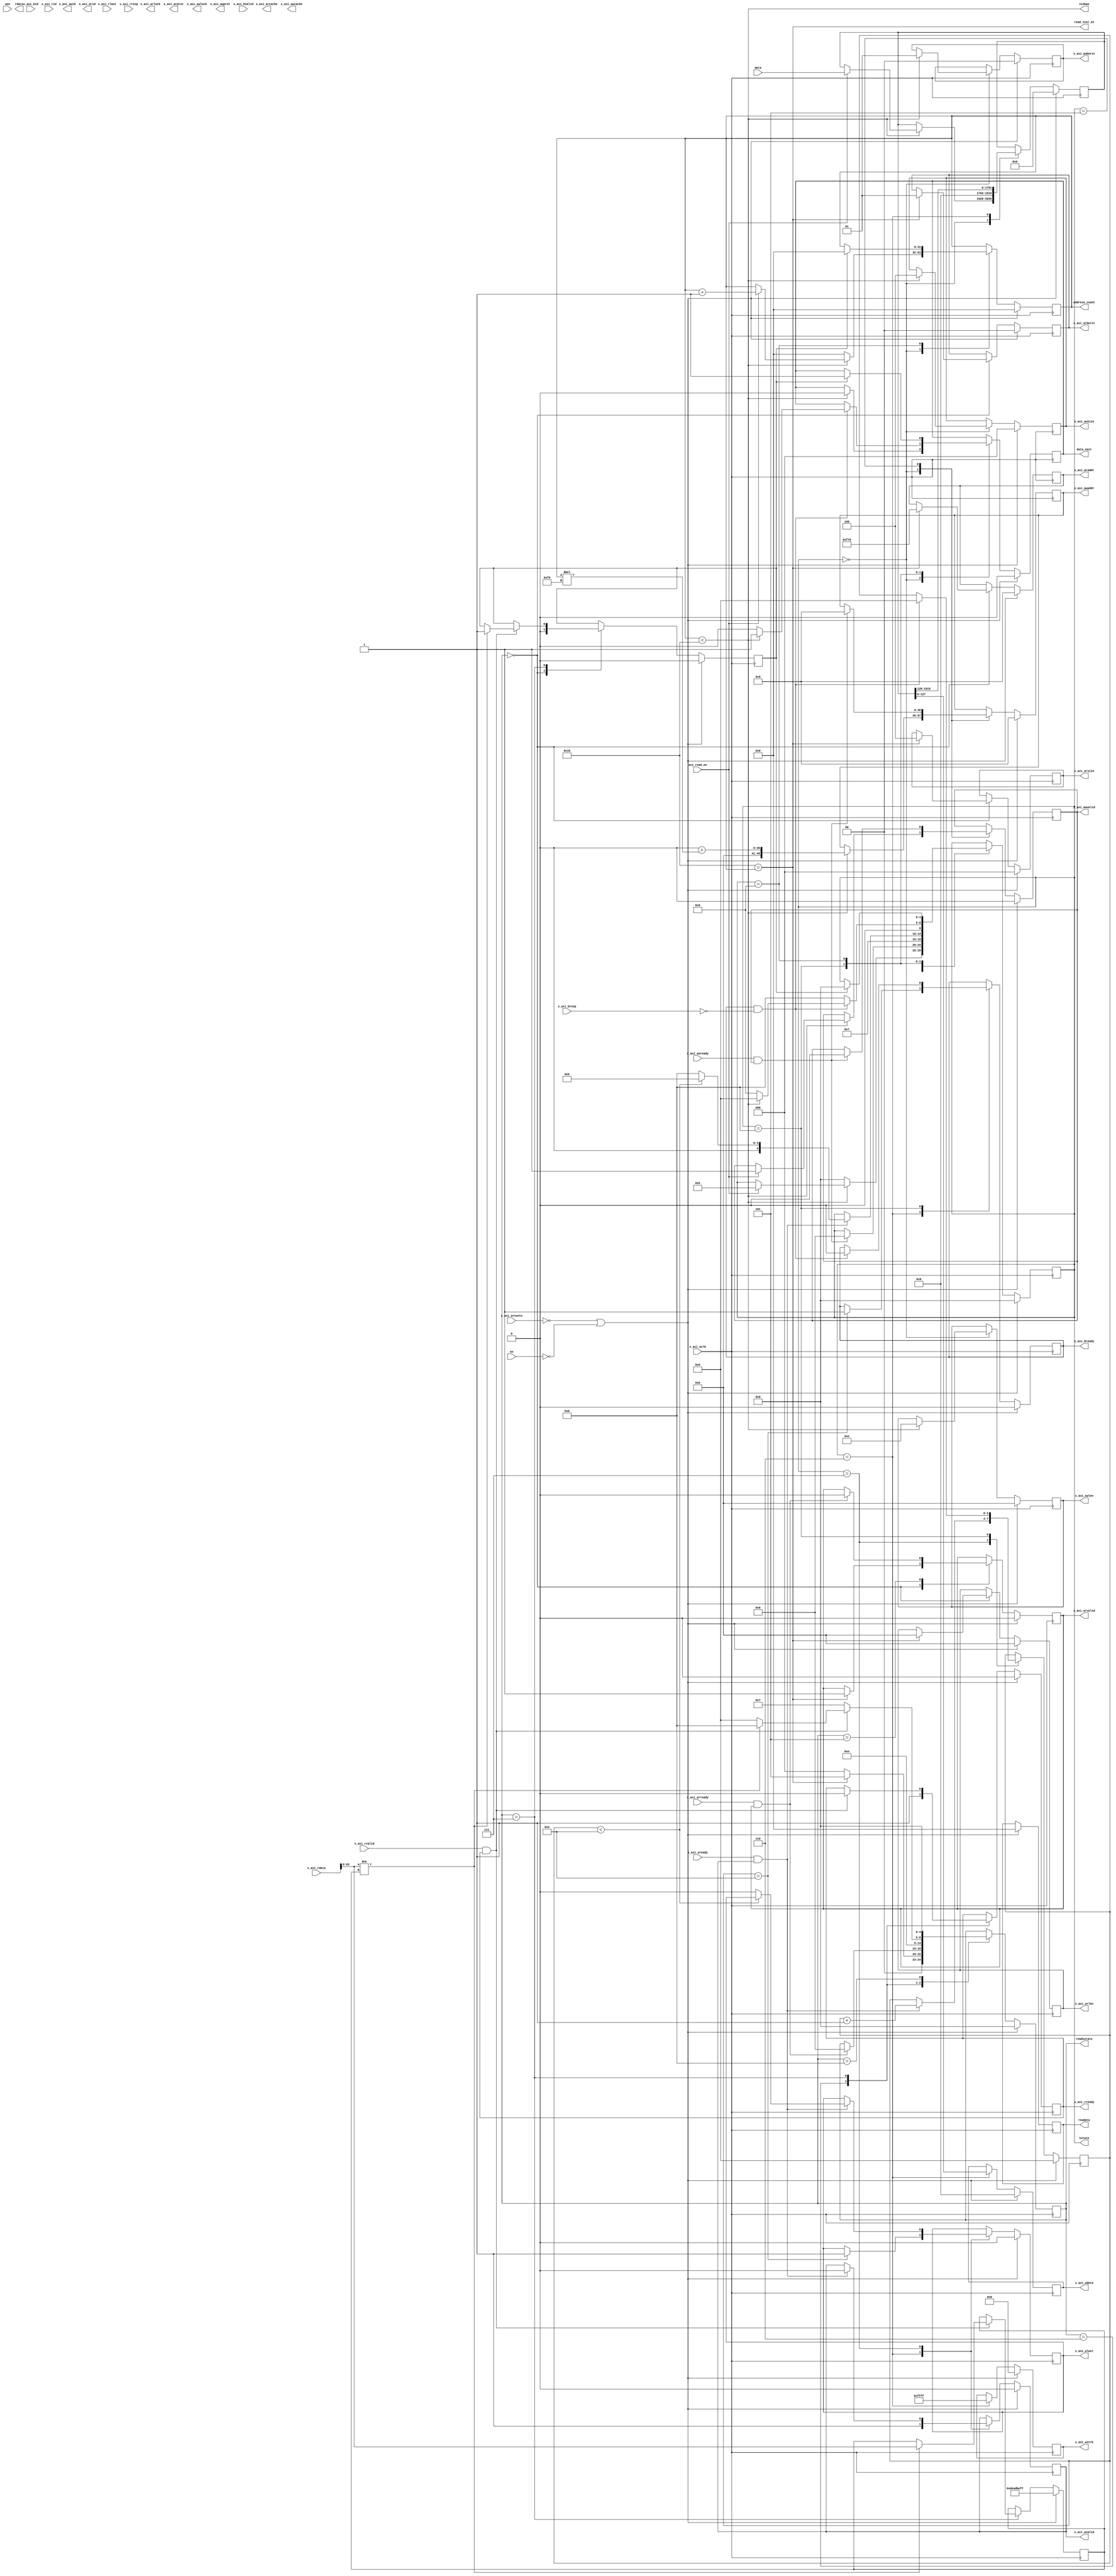
`timescale 1ns / 1ps
//////////////////////////////////////////////////////////////////////////////////
// Company: 
// Engineer: 
// 
// Design Name: 
// Module Name: axi_write
// Project Name: 
// Target Devices: 
// Tool Versions: 
// Description: 
// 
// Dependencies: 
// 
// Revision:
// Revision 0.01 - File Created
// Additional Comments:
// 
//////////////////////////////////////////////////////////////////////////////////


`timescale 1ns / 1ps
//////////////////////////////////////////////////////////////////////////////////
// Company: 
// Engineer: 
// 
// Design Name: 
// Module Name: axi_read
// Project Name: 
// Target Devices: 
// Tool Versions: 
// Description: 
// 
// Dependencies: 
// 
// Revision:
// Revision 0.01 - File Created
// Additional Comments:
// 
//////////////////////////////////////////////////////////////////////////////////



module axi_write(
//Read address channel signals
 (* X_INTERFACE_INFO = "xilinx.com:interface:aximm:1.0 S_AXI ARADDR" *)(* X_INTERFACE_PARAMETER = "XIL_INTERFACENAME S_AXI, ID_WIDTH 6" *)    output   [48:0]    s_axi_araddr,                      //axi
 (* X_INTERFACE_INFO = "xilinx.com:interface:aximm:1.0 S_AXI ARBURST" *)  output   [1:0]     s_axi_arburst,    //               //axi
 (* X_INTERFACE_INFO = "xilinx.com:interface:aximm:1.0 S_AXI ARCACHE" *)  output   [3:0]     s_axi_arcache,    //               //axi
 (* X_INTERFACE_INFO = "xilinx.com:interface:aximm:1.0 S_AXI ARLEN" *)    output   [7:0]     s_axi_arlen,      //               //axi
 (* X_INTERFACE_INFO = "xilinx.com:interface:aximm:1.0 S_AXI ARLOCK" *)   output   [0:0]     s_axi_arlock,     //               //axi
 (* X_INTERFACE_INFO = "xilinx.com:interface:aximm:1.0 S_AXI ARPROT" *)   output   [2:0]     s_axi_arprot,     //               //axi
 (* X_INTERFACE_INFO = "xilinx.com:interface:aximm:1.0 S_AXI ARREADY" *)  input    [0:0]      s_axi_arready,                     //axi
 (* X_INTERFACE_INFO = "xilinx.com:interface:aximm:1.0 S_AXI ARSIZE" *)   output   [2:0]     s_axi_arsize,     //               //axi
 (* X_INTERFACE_INFO = "xilinx.com:interface:aximm:1.0 S_AXI ARVALID" *)  output   [0:0]     s_axi_arvalid,                     //axi

   //Write address channel signals
 (* X_INTERFACE_INFO = "xilinx.com:interface:aximm:1.0 S_AXI AWADDR" *)   output   [48:0]    s_axi_awaddr,                      //axi
 (* X_INTERFACE_INFO = "xilinx.com:interface:aximm:1.0 S_AXI AWBURST" *)  output   [1:0]     s_axi_awburst,    //               //axi
 (* X_INTERFACE_INFO = "xilinx.com:interface:aximm:1.0 S_AXI AWCACHE" *)  output   [3:0]     s_axi_awcache,    //               //axi
 (* X_INTERFACE_INFO = "xilinx.com:interface:aximm:1.0 S_AXI AWLEN" *)    output   [7:0]     s_axi_awlen,      //               //axi
 (* X_INTERFACE_INFO = "xilinx.com:interface:aximm:1.0 S_AXI AWLOCK" *)   output   [0:0]     s_axi_awlock,     //               //axi
 (* X_INTERFACE_INFO = "xilinx.com:interface:aximm:1.0 S_AXI AWPROT" *)   output   [2:0]     s_axi_awprot,     //               //axi
 (* X_INTERFACE_INFO = "xilinx.com:interface:aximm:1.0 S_AXI AWREADY" *)  input    [0:0]     s_axi_awready,                     //axi
 (* X_INTERFACE_INFO = "xilinx.com:interface:aximm:1.0 S_AXI AWSIZE" *)   output   [2:0]     s_axi_awsize,     //               //axi
 (* X_INTERFACE_INFO = "xilinx.com:interface:aximm:1.0 S_AXI AWVALID" *)  output   [0:0]     s_axi_awvalid, 
                     //axi

                     //Write response channel signals
 (* X_INTERFACE_INFO = "xilinx.com:interface:aximm:1.0 S_AXI BREADY" *)   output   [0:0]     s_axi_bready,                      //axi
 (* X_INTERFACE_INFO = "xilinx.com:interface:aximm:1.0 S_AXI BRESP" *)    input  [1:0]     s_axi_bresp,      //               //axi
 (* X_INTERFACE_INFO = "xilinx.com:interface:aximm:1.0 S_AXI BVALID" *)   input  [0:0]     s_axi_bvalid,  
                     //axi
                    // Read data channel signals
 (* X_INTERFACE_INFO = "xilinx.com:interface:aximm:1.0 S_AXI RDATA" *)    input  [127:0]   s_axi_rdata,                       //axi
 (* X_INTERFACE_INFO = "xilinx.com:interface:aximm:1.0 S_AXI RLAST" *)    input  [0:0]     s_axi_rlast,                       //axi
 (* X_INTERFACE_INFO = "xilinx.com:interface:aximm:1.0 S_AXI RREADY" *)   output   [0:0]     s_axi_rready,                      //axi
 (* X_INTERFACE_INFO = "xilinx.com:interface:aximm:1.0 S_AXI RRESP" *)    input  [1:0]     s_axi_rresp,      //               //axi
 (* X_INTERFACE_INFO = "xilinx.com:interface:aximm:1.0 S_AXI RVALID" *)   input  [0:0]     s_axi_rvalid,  
                     //axi
                     //Write data channel signals
 (* X_INTERFACE_INFO = "xilinx.reg_s_axi_rdatacom:interface:aximm:1.0 S_AXI WDATA" *)    output   [127:0]   s_axi_wdata,                       //axi
 (* X_INTERFACE_INFO = "xilinx.com:interface:aximm:1.0 S_AXI WLAST" *)    output   [0:0]     s_axi_wlast,                       //axi
 (* X_INTERFACE_INFO = "xilinx.com:interface:aximm:1.0 S_AXI WREADY" *)   input  [0:0]     s_axi_wready,                      //axi
 (* X_INTERFACE_INFO = "xilinx.com:interface:aximm:1.0 S_AXI WSTRB" *)    output   [15:0]    s_axi_wstrb,      //               //axi
 (* X_INTERFACE_INFO = "xilinx.com:interface:aximm:1.0 S_AXI WVALID" *)   output   [0:0]     s_axi_wvalid,  
                     //axi
 (* X_INTERFACE_INFO = "xilinx.com:interface:aximm:1.0 S_AXI BID" *)      input  [5:0]    s_axi_bid,
  (* X_INTERFACE_INFO = "xilinx.com:interface:aximm:1.0 S_AXI RID" *)      input  [5:0]    s_axi_rid,
 (* X_INTERFACE_INFO = "xilinx.com:interface:aximm:1.0 S_AXI AWID" *)     output   [5:0]    s_axi_awid,
 (* X_INTERFACE_INFO = "xilinx.com:interface:aximm:1.0 S_AXI ARID" *)     output   [5:0]    s_axi_arid,
  input   [0:0]     s_axi_aclk,                        //axi
  input   [0:0]     s_axi_aresetn,                     //axi

  input  [1919:0]      data,
  input  [0:0]    axi_read_en,

  input   [0:0]         wen,
  input   [0:0]          en,
  //  input [63:0]               break_counter,
//    output reg [63:0]          all_cycle,
//   output reg [63:0]          cpu_cycle,
   output reg [0:0]  data_next,
  output reg    [31:0] address_count,
  output reg  [127:0]    rdata,
  output   [4:0]   sstate,
  output   [4:0]   readsstate,
  output  [0:0] read_test_en,
  output  [0:0] xinhao,
  output  reg [31:0] readata
 // output  reg[0:0]     turn2run

    );
    
    reg    [63:0]     lastdata;
    reg    [48:0]     reg_s_axi_awaddr;
    reg    [1:0]      reg_s_axi_awburst;
    reg    [7:0]      reg_s_axi_awlen;
    reg    [2:0]      reg_s_axi_awsize;
    reg    [0:0]      reg_s_axi_awvalid;

    reg    [0:0]     reg_s_axi_bready;

    reg     [127:0]     reg_s_axi_wdata;
    reg     [0:0]     reg_s_axi_wlast;
    reg     [15:0]    reg_s_axi_wstrb;
    reg     [0:0]     reg_s_axi_wvalid;


    reg    [48:0]     reg_s_axi_araddr;
    reg    [1:0]      reg_s_axi_arburst;
    reg    [7:0]      reg_s_axi_arlen;
    reg    [2:0]      reg_s_axi_arsize;
    reg    [0:0]      reg_s_axi_arvalid;

    reg    [0:0]      reg_s_axi_rready;
    //reg    [3:0]  readcouter;
    reg     [4:0]       readstate = 0;
        reg    [0:0]  read_count;
    //reg     [127:0]     reg_s_axi_rdata;
   // reg     [0:0]     reg_s_axi_rlast;
    //reg     [15:0]    reg_s_axi_wstrb;
    //reg     [0:0]     reg_s_axi_rvalid;


    parameter integer MAX_INSTRCOUNT=16;

    reg     [4:0]       state = 0;
    reg     [1919:0]      data_mix;

    reg    [3:0]  couter;

    wire    [36:0] Wadress;
    reg    [0:0] isQue;
    reg isFirst;

    reg compare;
    
    assign Wadress=36'h0000000;
    assign xinhao=address_count< MAX_INSTRCOUNT;
    assign  read_test_en= MAX_INSTRCOUNT==address_count;

  
    wire write_next= read_count==1;
    wire [31:0] data_second;
    assign data_second=rdata;

    assign sstate=state;
    assign readsstate=readstate;
     assign s_axi_awaddr=reg_s_axi_awaddr;
    assign s_axi_awburst=reg_s_axi_awburst;
    assign s_axi_awlen=reg_s_axi_awlen;
    assign  s_axi_awsize=reg_s_axi_awsize;
     assign s_axi_awvalid=reg_s_axi_awvalid;

     assign s_axi_bready=reg_s_axi_bready;

    assign  s_axi_wdata=reg_s_axi_wdata;
   assign s_axi_wlast=reg_s_axi_wlast;
     assign s_axi_wstrb=reg_s_axi_wstrb;
     assign s_axi_wvalid=reg_s_axi_wvalid;

    // assign sstate=readstate;


     assign s_axi_araddr=reg_s_axi_araddr;
    assign s_axi_arburst=reg_s_axi_arburst;
    assign s_axi_arlen=reg_s_axi_arlen;
    assign  s_axi_arsize=reg_s_axi_arsize;
     assign s_axi_arvalid=reg_s_axi_arvalid;

    assign s_axi_rready=reg_s_axi_rready;
    // assign s_axi_bready=reg_s_axi_bready;

    //assign  s_axi_rdata=reg_s_axi_rdata;
   //assign s_axi_rlast=reg_s_axi_rlast;
     //assign s_axi_rstrb=reg_s_axi_wstrb;
    // assign s_axi_rvalid=reg_s_axi_rvalid;



    //read
    always @(posedge s_axi_aclk)begin
        if(!s_axi_aresetn || !en) begin
            reg_s_axi_awburst <= 0;
            reg_s_axi_awlen <= 0;
            reg_s_axi_awsize <= 0;
            reg_s_axi_awvalid<=0; 
            reg_s_axi_bready<=0;
            reg_s_axi_awaddr<=0;
            reg_s_axi_wdata<=0;
            reg_s_axi_wlast<=0;
            reg_s_axi_wstrb<=0;
            reg_s_axi_wvalid<=0;
            address_count<=0;
            //isQue<=0;
               isFirst<=1;
            data_mix<=0;
            data_next<=0;
            couter<=0;
            compare<=1;
           // turn2run <= 0;
            state <= 0;
        end
        else begin
            case(state)
            0:begin

                 if(address_count< (MAX_INSTRCOUNT)) begin
                        reg_s_axi_awburst <= 2'b01;
                        reg_s_axi_awaddr <= (Wadress+address_count*240);       
                        reg_s_axi_awlen<=4'b1110;
                         reg_s_axi_awsize<=3'b100; 
                         data_next<=0;
                         if(axi_read_en) begin
                         address_count<=address_count+1;
                         reg_s_axi_awvalid<=1;   
                          data_mix<=data;             
                         state <= 5;
                      end 
                 end 
//                 else if(address_count==20) begin
//                       reg_s_axi_awaddr <= (36'h0000f70);  
//                       reg_s_axi_awlen<=4'b0000;
//                       reg_s_axi_awsize<=2'b10;
//                       data_next<=0;
//                       reg_s_axi_awvalid<=1;  
//                       state<=1;
//                    end
                    else begin
                        address_count<=0;
                        state<=0;
                    end
               end
//            1:begin
//                if(s_axi_awready && reg_s_axi_awvalid ) begin
//                 reg_s_axi_awvalid <= 0; 
//                 reg_s_axi_awaddr<=0;
//                    state <= 2;
//                end else begin
//                    state<=1;
//                end
//            end
//            2: begin
//                 reg_s_axi_wvalid<=1;
//                 reg_s_axi_wstrb<=16'hFFFF;  
//                 reg_s_axi_wdata<=128'h0;
//                  reg_s_axi_bready<=1;
//                    reg_s_axi_wlast<=1;
//                    state<=3;
//               end
//             3: begin
//                 if(s_axi_wready && reg_s_axi_wvalid)begin
//                 reg_s_axi_wvalid<=0;
//                   reg_s_axi_wlast<=0;                   
//                      state<=4;
//                 end else begin
//                 state<=3;
//                 end
//             end  
//             4:begin
//             if(reg_s_axi_bready && s_axi_bresp==2'b00)begin
//                        reg_s_axi_bready<=0;
//                         address_count<=0;
//                          if(isFirst) begin
//                             isFirst<=0;
//                         end else begin
//                             data_next<=1;
//                             end
//                             state<=0;
//                   end  else  begin
//                   state<=4;
//                  end 
//             end    
            5:begin

             if(s_axi_awready && reg_s_axi_awvalid ) begin
                 reg_s_axi_awvalid <= 0; 
                 reg_s_axi_awaddr<=0;
                    state <= 6;
                end
            end
            6:begin
                reg_s_axi_wvalid<=1;
                 reg_s_axi_wstrb<=16'hFFFF;
                reg_s_axi_wdata<=data_mix[127:0];
                data_mix<=data_mix >> 128;               
                if(couter== 4'b1110) begin
                  reg_s_axi_bready<=1;
                    reg_s_axi_wlast<=1;
                end       
                state<=7;
            end
            7:begin 
                if(s_axi_wready && reg_s_axi_wvalid)begin
                    couter<=couter+1'b1; 
                    reg_s_axi_wvalid<=0;
                    if(couter<4'b1110) begin
                      state <= 6;      
                    end else begin 
                      reg_s_axi_wlast<=0;                      
                      state<=8;

                  end
                end 
               end
            8:begin
                if(reg_s_axi_bready && s_axi_bresp==2'b00)begin
                        reg_s_axi_bready<=0;
                        couter<=0;
                         if(address_count< (MAX_INSTRCOUNT)) begin  
                           data_next<=1; 
                            state<=0;
                            end else begin
                             data_next<=0;
                             state<=9;
                              end
                    end else begin 
                    state<=8;
                    end  
                end 
             9: begin
              if( read_count )begin
                    address_count<=0;
                     data_next<=1; 
                    state<=0;
                 end   
                 end     
            endcase
        end
    end






     always @(posedge s_axi_aclk)begin
       if(!s_axi_aresetn || !en) begin
            reg_s_axi_arburst <= 0;
            reg_s_axi_arlen <= 0;
            reg_s_axi_arsize <= 0;
            reg_s_axi_arvalid<=0; 
            //reg_s_axi_bready<=0;
            reg_s_axi_araddr<=0;
                lastdata<=64'hdeadbeff;
//            reg_s_axi_wdata<=0;
//            reg_s_axi_wlast<=0;
//            reg_s_axi_wstrb<=0;
//            reg_s_axi_wvalid<=0;
            reg_s_axi_rready<=0;   
            read_count<=0;        

           // turn2run <= 0;
            readstate <= 0;
            readata<=0;
        end
        else begin
            case(readstate)
            0:begin       
                 //data_next<=0;
                if( read_test_en) begin
                read_count<=0;
                reg_s_axi_arburst <= 2'b01;
                reg_s_axi_araddr <= (36'h0000f70);       
                reg_s_axi_arlen<=4'b0000;
                 reg_s_axi_arsize<=3'b100; 
                 reg_s_axi_arvalid<=1;   
               //  data_mix<=data;   
               
                 //read_count<=1;          
                 readstate <= 5; 
                 end else begin
                 read_count<=0;

                  readstate<=0;
                 end         
               end       
            5:begin
             if(s_axi_arready && reg_s_axi_arvalid ) begin
                    reg_s_axi_arvalid<=0;
                    readstate <= 6;
                end
            end
            6:begin                     
                reg_s_axi_rready<=1;
                readstate<=7;
            end
            7:begin 
                if(s_axi_rvalid && reg_s_axi_rready)begin
                    reg_s_axi_rready<=0;
                     if(s_axi_rdata[63:0]!=lastdata)begin
                      lastdata<=s_axi_rdata[63:0];
                         read_count<=1;
                    //rdata<=s_axi_rdata;
                      readstate <= 8;      
                    end else begin   
                      readstate<=0;
                     end 
                end else begin
                   readstate<=7;
                   end 
                end
              8:begin
                readstate<=0;
                end
            endcase
        end
       end
//===================================================
//all_cycle
//always@(posedge s_axi_aclk)begin
//    if(!s_axi_aresetn || ~en) begin
//        all_cycle <= 0;
//    end
//    else if(do_counting && en)begin
//        all_cycle <= all_cycle + 1;
//    end
//end
//always@(posedge s_axi_aclk)begin
//    if(!s_axi_aresetn) begin
//        cpu_cycle <= 0;
//    end
//    else if(s_axi_awready && reg_s_axi_awvalid && do_counting && en)begin
//        cpu_cycle <= cpu_cycle + 1;
//    end
//end
//
endmodule